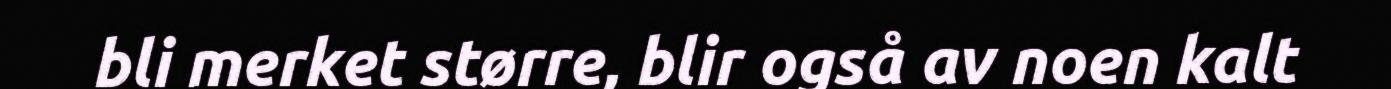
bli merket større, blir også av noen kalt